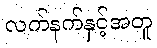
လက်နက်နှင့်အတူ